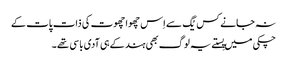
نہ جانے کس یُگ سے اِس چھوا چھوت کی ذات پات کے
چکی میں پِستے یہ لوگ بھی ہند کے ہی آدی باسی تھے ۔